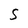
Character: S